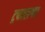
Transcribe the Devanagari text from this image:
ट्रफालगर